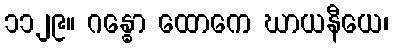
၁၁၂၉။ ဂန္ဓော ထောကေ ဃာယနီယေ၊